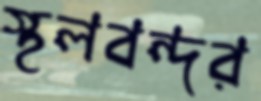
স্থলবন্দর